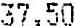
37.50